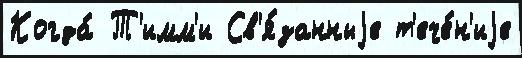
Когда́ Т'имм'и Св'я́занныjе т'ече́н'иjе